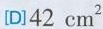
[D]42cm^{2}